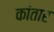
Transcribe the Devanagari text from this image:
कांतार